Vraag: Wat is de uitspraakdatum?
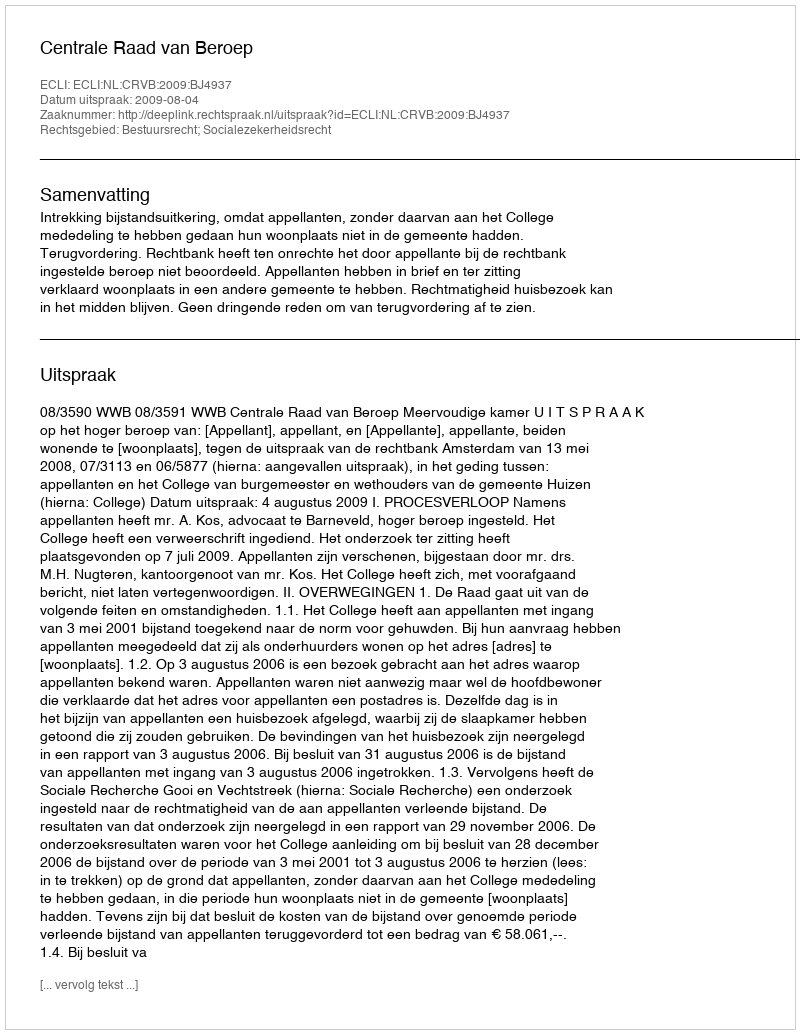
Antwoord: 2009-08-04